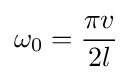
\omega _{0}={\frac {\pi v}{2l}}